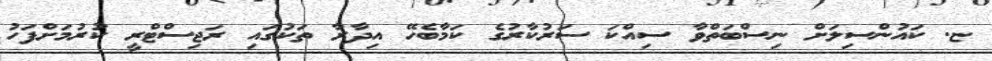
ޏ. ކައުންސިލަށް ނިސްބަތްވާ ސިއްކަ ސަރުކާރުގެ ކަމާބެހޭ އިދާރާ ތަކުގައި ރަޖިސްޓްރީ ކުރުމަށްފަހު